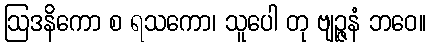
ဩဒနိကော စ ရသကော၊ သူပေါ တု ဗျဉ္ဇနံ ဘဝေ။